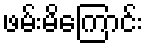
ဖမ်းမိကြောင်း